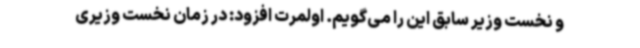
و نخست وزیر سابق این را می‌گویم. اولمرت افزود: در زمان نخست وزیری